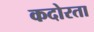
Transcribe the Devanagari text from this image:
कदोरता